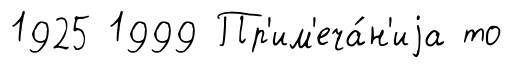
1925 1999 Пр'им'еча́н'иjа то